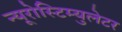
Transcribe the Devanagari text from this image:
न्यूरोस्टिम्युलेटर